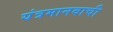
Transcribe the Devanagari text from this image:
यंत्रमानवाची